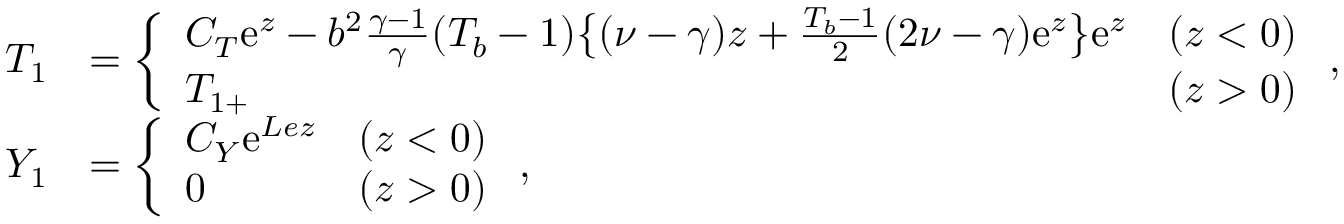
\begin{array} { r l } { { T } _ { 1 } } & { = \left\{ \begin{array} { l l l } { C _ { T } \mathrm { e } ^ { z } - b ^ { 2 } \frac { \gamma - 1 } { \gamma } ( T _ { b } - 1 ) \big \{ ( \nu - \gamma ) z + \frac { T _ { b } - 1 } { 2 } ( 2 \nu - \gamma ) \mathrm { e } ^ { z } \big \} \mathrm { e } ^ { z } } & { ( z < 0 ) } \\ { { T } _ { 1 + } } & { ( z > 0 ) } \end{array} \right. , } \\ { { Y } _ { 1 } } & { = \left\{ \begin{array} { l l l } { C _ { Y } \mathrm { e } ^ { L e z } } & { ( z < 0 ) } \\ { 0 } & { ( z > 0 ) } \end{array} \right. , } \end{array}